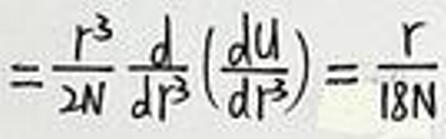
\(= \frac{r^{3}}{2N} \frac{d}{dr^{3}} (\frac{du}{dr^{3}}) = \frac{r}{18N}\)